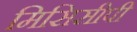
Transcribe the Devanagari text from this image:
मिसिसीपी